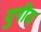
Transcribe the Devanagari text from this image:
युगीय